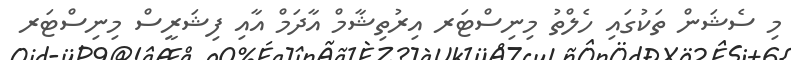
މި ސެޝަން ތަކުގައި ހެލްތު މިނިސްޓަރ އިރުތިޝާމް އާދަމް އާއި ފިޝަރީސް މިނިސްޓަރ